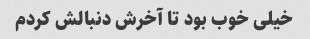
خیلی خوب بود تا آخرش دنبالش کردم